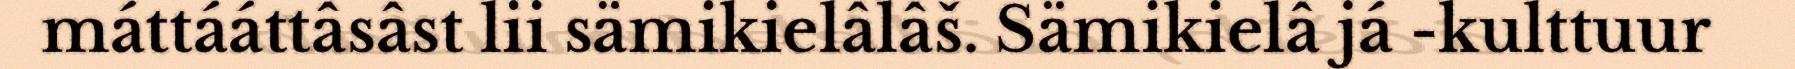
máttááttâsâst lii sämikielâlâš. Sämikielâ já -kulttuur